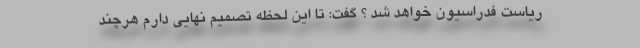
ریاست فدراسیون خواهد شد ؟ گفت: تا این لحظه تصمیم نهایی دارم هرچند